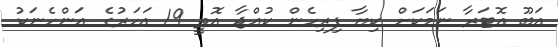
އަބޫ އޮޓަރާ ނަމަކަށް ކިޔާ ފިރިހެން ކުއްޖާ އޮތީ 19 އަހަރުގެ އަންހެނަކު